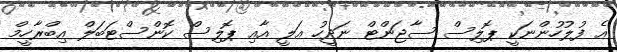
އެ ފުލުހުންނަކީ ޕޮލިސް ސާޖަންޓް ނަދީހު އަލީ އާއި ޕޮލިސް ކޮންސްޓަބަލް އިބްރާހީމް